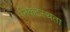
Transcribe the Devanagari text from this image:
निकटस्थता